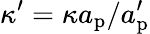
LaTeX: \kappa^{\prime}=\kappa a_{\mathrm{p}}/a_{\mathrm{p}}^{\prime}